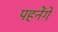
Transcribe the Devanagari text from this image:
पहनेंगे